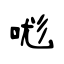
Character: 哤